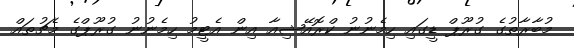
މުބާރާތުގެ ގުރޫޕް ޑީގައި ހިމެނުނު ކްރޮއޭޝިއާ އިން އެޓީމު ހިމެނުނު ގުރޫޕްގެ މެޗުތައް